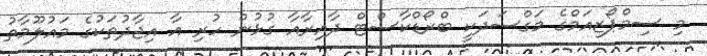
މި ސިމްޕޯޒިއަމްގެ މަގްސަދަކީ ބްރޯޑްކާސްޓް ދާއިރާއާ ގުޅުން ހުރި އާ އިޖާދުތަކުގެ މައުލޫމާތު